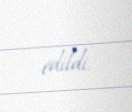
edildi.